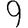
Digit: 9